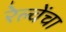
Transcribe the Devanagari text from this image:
रेल्वेंचा